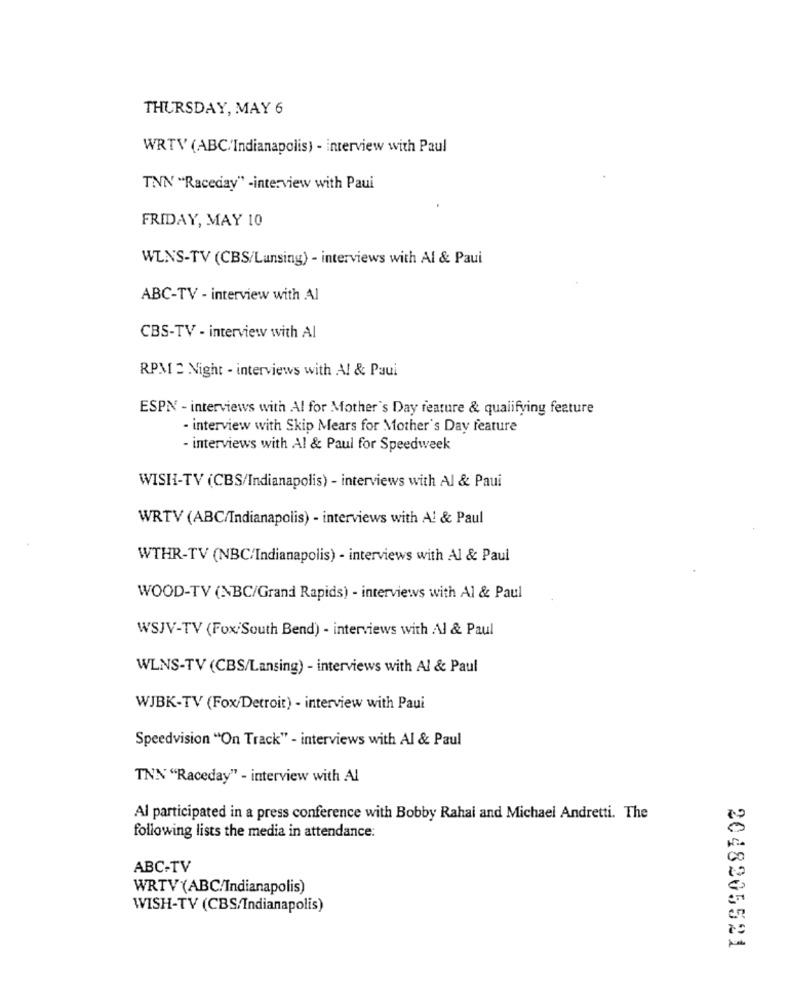
THURSDAY, MAY 6
WRTV (ABC/Indianapolis) - interview with Paul
TNN "Raceday" -interview with Paui
FRIDAY, MAY 10
WLNS-TV (CBS/Lansing) - interviews with Al & Paui
ABC-TV - interview with Al
CBS-TV - interview with Al
RPM 2 Night - interviews with A! & Paui
ESPN - interviews with Al for Mother's Day feature & qualifying feature
- interview with Skip Mears for Mother's Day feature
- interviews with Al & Paul for Speedweek
WISH-TV (CBS/Indianapolis) - interviews with Al & Paui
WRTV (ABC/Indianapolis) - interviews with A! & Paul
WTHR-TV (NBC/Indianapolis) - interviews with Al & Paul
WOOD-TV (NBC/Grand Rapids) - interviews with Al & Paul
WSJV-TV (Fox/South Bend) - interviews with Al & Paul
WLNS-TV (CBS/Lansing) - interviews with Al & Paul
WJBK-TV (Fox/Detroit) - interview with Paui
Speedvision "On Track" - interviews with Al & Paul
TNN "Raceday" - interview with Al
Al participated in a press conference with Bobby Rahal and Michael Andretti. The
following lists the media in attendance:
ABC-TV
WRTV (ABC/Indianapolis)
WISH-TV (CBS,Indianapolis)
2048205521